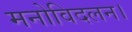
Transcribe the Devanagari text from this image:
मनोविदलन।